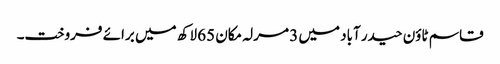
قاسم ٹاؤن حیدر آباد میں 3 مرلہ مکان 65 لاکھ میں برائے فروخت۔